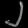
Digit: ၂